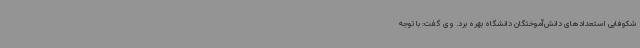
شکوفایی استعدادهای دانش‌آموختگان دانشگاه بهره برد. وی گفت: با توجه